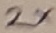
Text: 2X